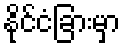
နိုင်ငံခြားမှာ